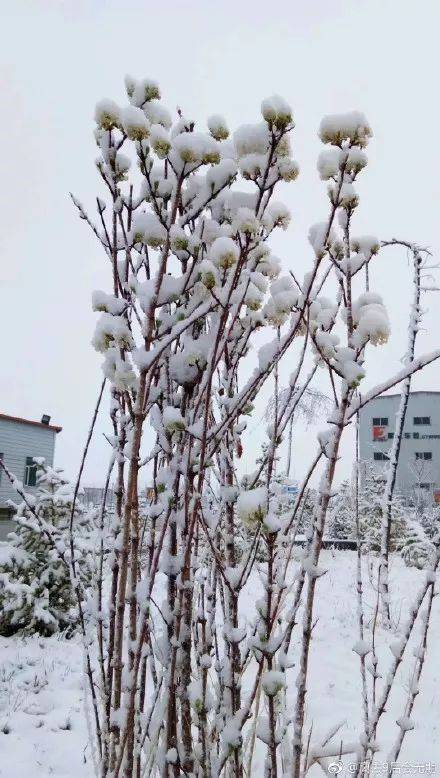
烟霏霏。雪霏霏。雪向梅花枝上堆。